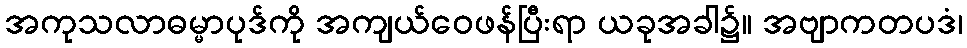
အကုသလာဓမ္မာပုဒ်ကို အကျယ်ဝေဖန်ပြီးရာ ယခုအခါ၌။ အဗျာကတပဒံ၊